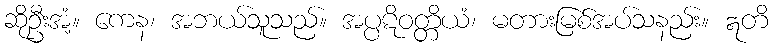
ဆိုဦးအံ့။ ကေန၊ အဘယ်သူသည်။ အပ္ပဋိဝတ္တိယံ၊ မတားမြစ်အပ်သနည်း။ ဣတိ